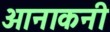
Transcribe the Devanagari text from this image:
आनाकनी